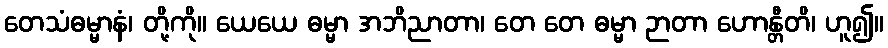
တေသံဓမ္မာနံ၊ တို့ကို။ ယေယေ ဓမ္မာ အဘိညာတာ၊ တေ တေ ဓမ္မာ ဉာတာ ဟောန္တီတိ၊ ဟူ၍။